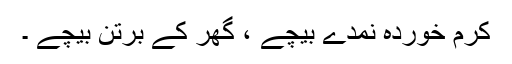
کرم خوردہ نمدے بیچے ، گھر کے برتن بیچے ۔